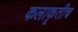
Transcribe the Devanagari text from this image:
कलाकृतीच